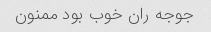
جوجه ران خوب بود ممنون